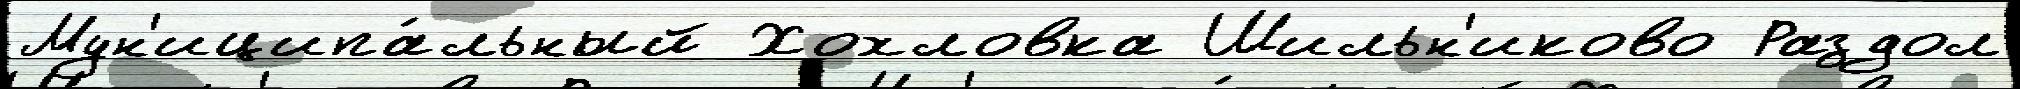
Мун'иципа́льный Хохловка Шильн'иково Раздол